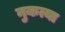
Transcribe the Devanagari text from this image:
नुकत्या